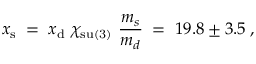
x _ { \mathrm { s } } \; = \; x _ { \mathrm { d } } ~ \chi _ { \mathrm { s u ( 3 ) } } ~ \frac { m _ { s } } { m _ { d } } \; = \; 1 9 . 8 \pm 3 . 5 \; ,